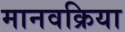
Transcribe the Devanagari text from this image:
मानवक्रिया